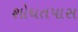
શોધતપાસ